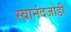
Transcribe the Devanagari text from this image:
स्वानंदजोडी